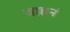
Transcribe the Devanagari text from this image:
वाहनं